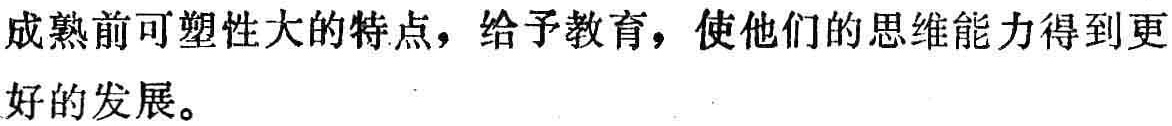
成熟前可塑性大的特点，给予教育，使他们的思维能力得到更好的发展。